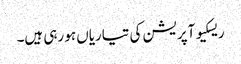
ریسکیو آپریشن کی تیاریاں ہو رہی ہیں۔